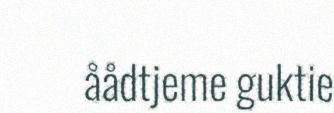
åådtjeme guktie